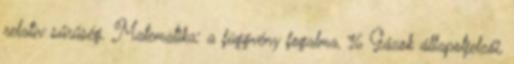
relatív sűrűség. Matematika: a függvény fogalma, 16 Gázok állapotjelzői,